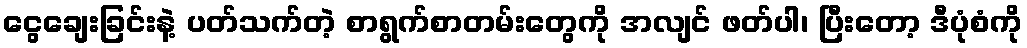
ငွေချေးခြင်းနဲ့ ပတ်သက်တဲ့ စာရွက်စာတမ်းတွေကို အလျင် ဖတ်ပါ၊ ပြီးတော့ ဒီပုံစံကို